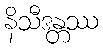
နိသီဒန္တဿ